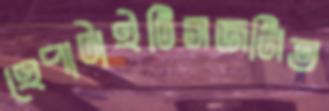
হেপাটাইটিসজনিত